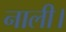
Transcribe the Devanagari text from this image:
नाली।